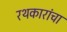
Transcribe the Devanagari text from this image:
रथकारांचा